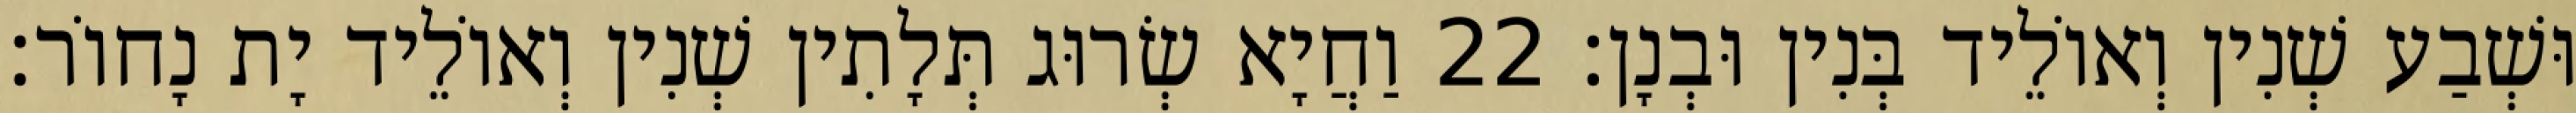
וּשְׁבַע שְׁנִין וְאוֹלֵיד בְּנִין וּבְנָן׃ 22 וַחֲיָא שְׂרוּג תְּלָתִין שְׁנִין וְאוֹלֵיד יָת נָחוֹר׃